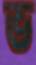
ভ